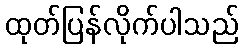
ထုတ်ပြန်လိုက်ပါသည်